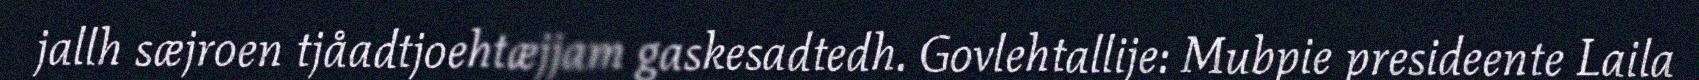
jallh sæjroen tjåadtjoehtæjjam gaskesadtedh. Govlehtallije: Mubpie presideente Laila